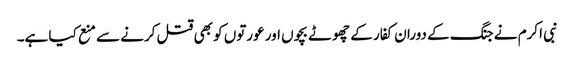
نبی اکرم نے جنگ کے دوران کفار کے چھوٹے بچوں اور عورتوں کو بھی قتل کرنے سے منع کیا ہے۔